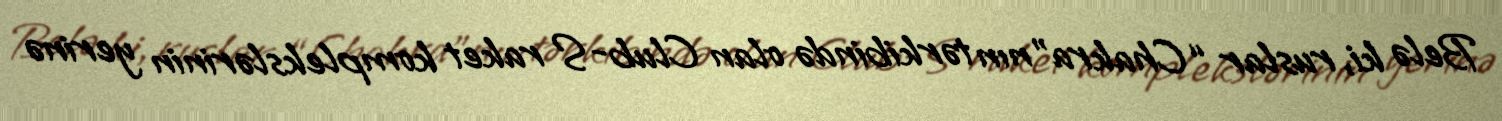
Belə ki, ruslar “Chakra”nın tərkibində olan Club-S raket komplekslərinin yerinə